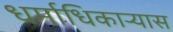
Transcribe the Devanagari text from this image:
धर्माधिकार्‍यास